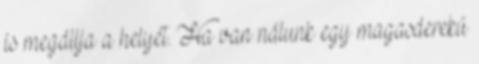
is megállja a helyét. Ha van nálunk egy magasderekú